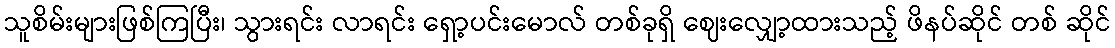
သူစိမ်းများဖြစ်ကြပြီး၊ သွားရင်း လာရင်း ရှော့ပင်းမောလ် တစ်ခုရှိ ဈေးလျှော့ထားသည့် ဖိနပ်ဆိုင် တစ် ဆိုင်